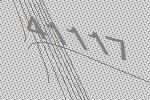
41117